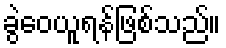
ခွဲဝေယူရန်ဖြစ်သည်။